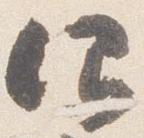
仰